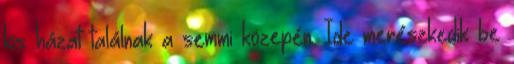
kis házat találnak a semmi közepén. Ide merészkedik be